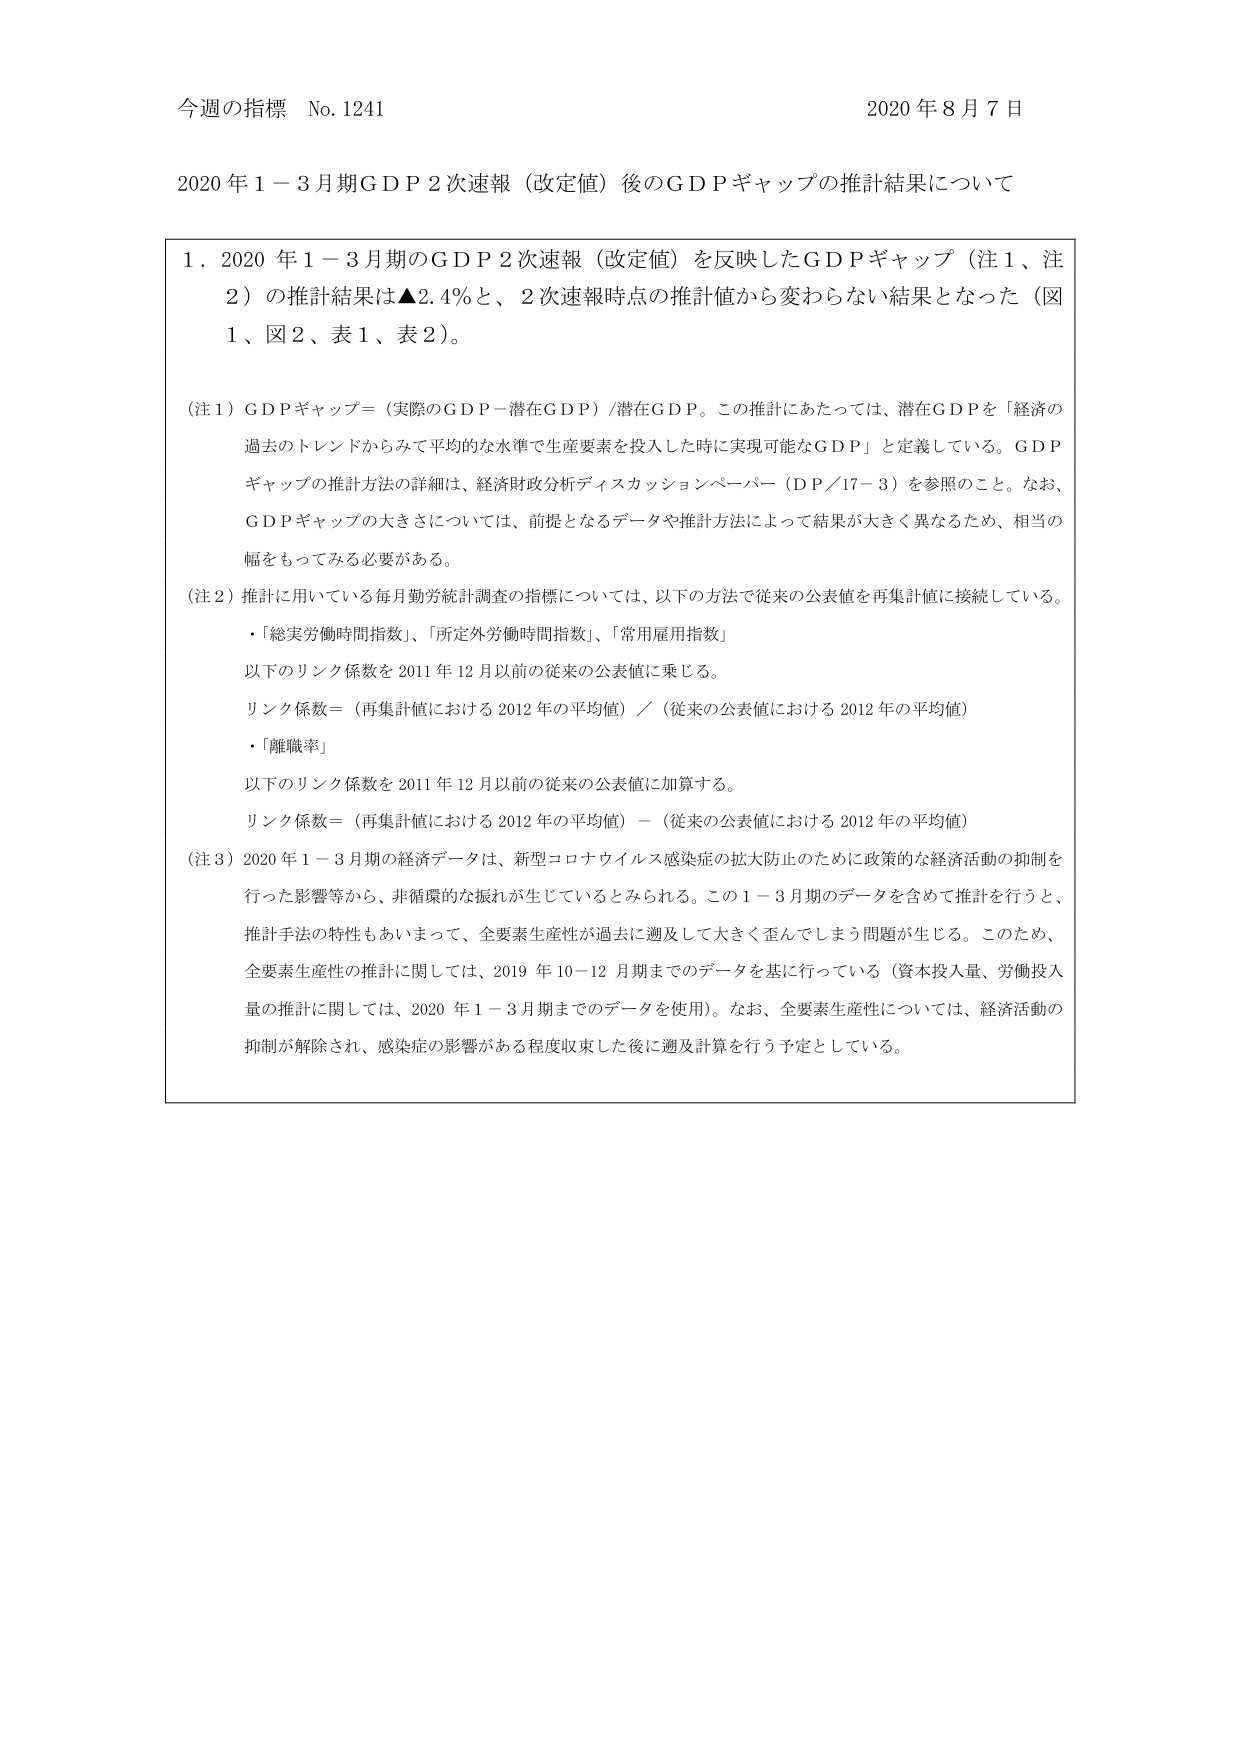
今週の指標 No.1241 2020年8月7日

2020年1－3月期GDP2次速報（改定値）後のGDPギャップの推計結果について

1．2020年1－3月期のGDP2次速報（改定値）を反映したGDPギャップ（注1、注2）の推計結果は▲2.4％と、2次速報時点の推計値から変わらない結果となった（図1、図2、表1、表2）。

（注1）GDPギャップ＝（実際のGDP－潜在GDP）/潜在GDP。この推計にあたっては、潜在GDPを「経済の過去のトレンドからみて平均的な水準で生産要素を投入した時に実現可能なGDP」と定義している。GDPギャップの推計方法の詳細は、経済財政分析ディスカッションペーパー（DP／17－3）を参照のこと。なお、GDPギャップの大きさについては、前提となるデータや推計方法によって結果が大きく異なるため、相当の幅をもってみる必要がある。

（注2）推計に用いている毎月勤労統計調査の指標については、以下の方法で従来の公表値を再集計値に接続している。
・「総実労働時間指数」、「所定外労働時間指数」、「常用雇用指数」
以下のリンク係数を2011年12月以前の従来の公表値に乗じる。
リンク係数＝（再集計値における2012年の平均値）／（従来の公表値における2012年の平均値）
・「離職率」
以下のリンク係数を2011年12月以前の従来の公表値に加算する。
リンク係数＝（再集計値における2012年の平均値）－（従来の公表値における2012年の平均値）

（注3）2020年1－3月期の経済データは、新型コロナウイルス感染症の拡大防止のために政策的な経済活動の抑制を行った影響等から、非循環的な振れが生じているとみられる。この1－3月期のデータを含めて推計を行うと、推計手法の特性もあいまって、全要素生産性が過去に遡及して大きく歪んでしまう問題が生じる。このため、全要素生産性の推計に関しては、2019年10－12月期までのデータを基に行っている（資本投入量、労働投入量の推計に関しては、2020年1－3月期までのデータを使用）。なお、全要素生産性については、経済活動の抑制が解除され、感染症の影響がある程度収束した後に遡及計算を行う予定としている。